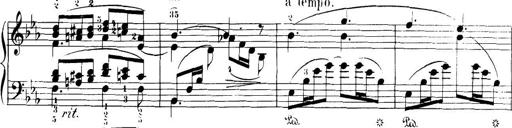
Title: 32 Sonatinas and Rondos for the Piano
Composer: Richard Kleinmichel